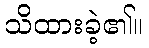
သိထားခဲ့၏။